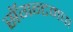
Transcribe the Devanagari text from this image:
सॅगन्टमचा